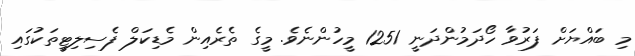
މި ބައްޔަށް ފަރުވާ ހޯދަމުންދަނީ 1251 މީހުންނެވެ. މީގެ ތެރެއިން މެޑިކަލް ފެސިލިޓީތަކުގައި